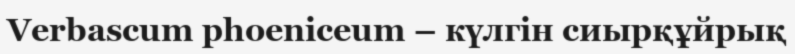
Verbascum phoeniceum – күлгін сиырқұйрық